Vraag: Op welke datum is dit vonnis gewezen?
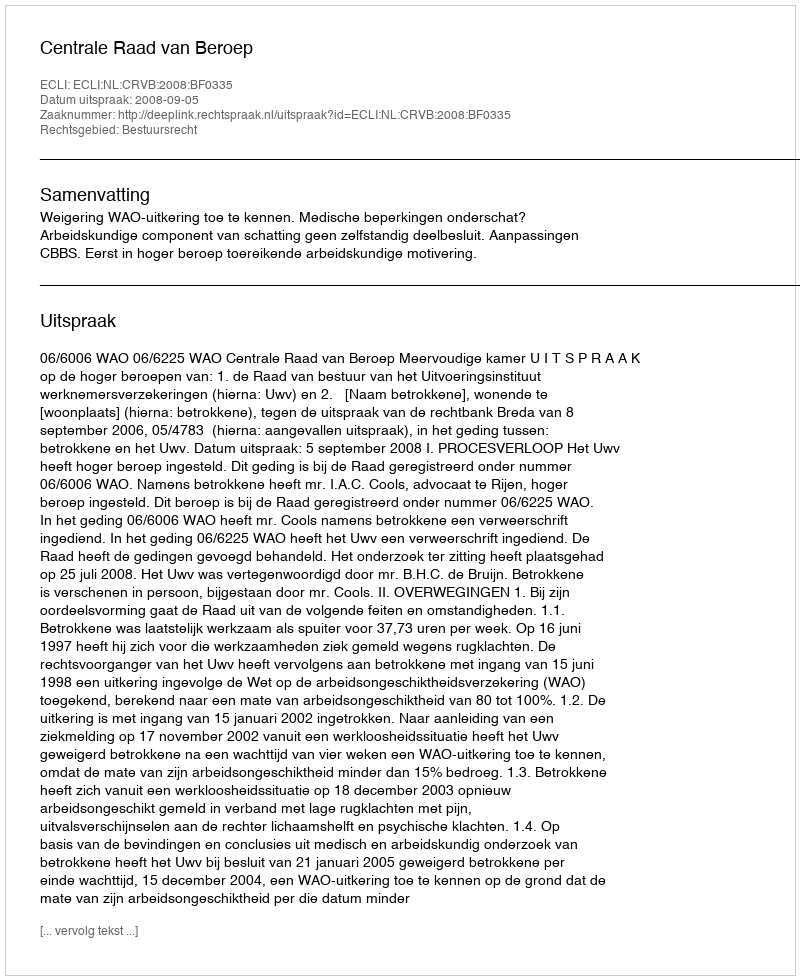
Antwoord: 2008-09-05